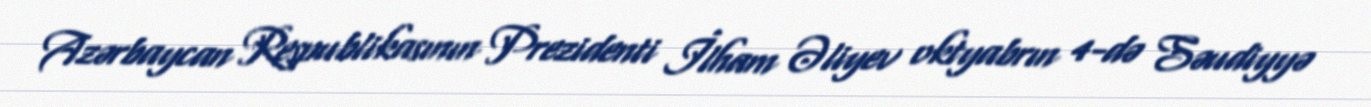
Azərbaycan Respublikasının Prezidenti İlham Əliyev oktyabrın 4-də Səudiyyə